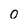
Character: 0